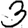
Digit: 3